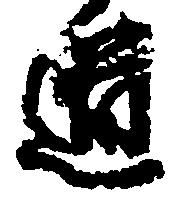
道